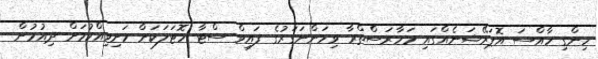
ހިންގި ހާއްސަ އޮޕަރޭޝަނެއްގައި މަހާރަސްތްރާ ވިމަންނަގަރުގެ ފައިވް ސްޓާ ހޮޓަލަކަށް ހަށިވިއްކުމަށް ދިއުމުން